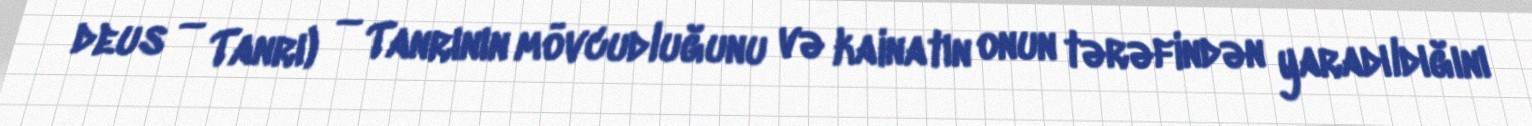
deus — Tanrı) — Tanrının mövcudluğunu və kainatın onun tərəfindən yaradıldığını